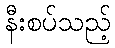
နီးစပ်သည့်